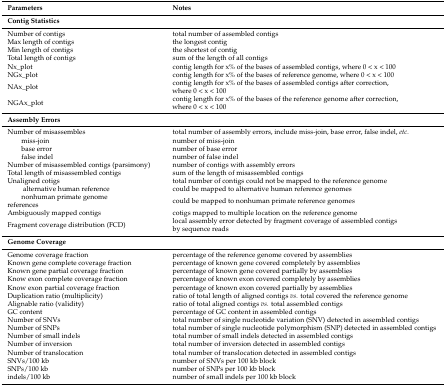
<table><thead><tr><td colspan="2"><b>Parameters</b></td><td><b>Notes</b></td></tr></thead><tbody><tr><td colspan="3"><b>Contig Statistics</b></td></tr><tr><td colspan="2">Number of contigs</td><td>total number of assembled contigs</td></tr><tr><td colspan="2">Max length of contigs</td><td>the longest contig</td></tr><tr><td colspan="2">Min length of contigs</td><td>the shortest of contig</td></tr><tr><td colspan="2">Total length of contigs</td><td>sum of the length of all contigs</td></tr><tr><td colspan="2">Nx_plot</td><td>contig length for x% of the bases of assembled contigs, where 0 &lt; x &lt; 100</td></tr><tr><td colspan="2">NGx_plot</td><td>contig length for x% of the bases of reference genome, where 0 &lt; x &lt; 100</td></tr><tr><td colspan="2">NAx_plot</td><td>contig length for x% of the bases of assembled contigs after correction, where 0 &lt; x &lt; 100</td></tr><tr><td colspan="2">NGAx_plot</td><td>contig length for x% of the bases of the reference genome after correction, where 0 &lt; x &lt; 100</td></tr><tr><td colspan="3"><b>Assembly Errors</b></td></tr><tr><td colspan="2">Number of misassembles</td><td>total number of assembly errors, include miss-join, base error, false indel, <i>etc.</i></td></tr><tr><td></td><td>miss-join</td><td>number of miss-join</td></tr><tr><td></td><td>base error</td><td>number of base error</td></tr><tr><td></td><td>false indel</td><td>number of false indel</td></tr><tr><td colspan="2">Number of misassembled contigs (parsimony)</td><td>number of contigs with assembly errors</td></tr><tr><td colspan="2">Total length of misassembled contigs</td><td>sum of the length of misassembled contigs</td></tr><tr><td colspan="2">Unaligned cotigs</td><td>total number of contigs could not be mapped to the reference genome</td></tr><tr><td rowspan="2"></td><td>alternative human reference</td><td>could be mapped to alternative human reference genomes</td></tr><tr><td>nonhuman primate genome references</td><td>could be mapped to nonhuman primate reference genomes</td></tr><tr><td colspan="2">Ambiguously mapped contigs</td><td>cotigs mapped to multiple location on the reference genome</td></tr><tr><td colspan="2">Fragment coverage distribution (FCD)</td><td>local assembly error detected by fragment coverage of assembled contigs by sequence reads</td></tr><tr><td colspan="3"><b>Genome Coverage</b></td></tr><tr><td colspan="2">Genome coverage fraction</td><td>percentage of the reference genome covered by assemblies</td></tr><tr><td colspan="2">Known gene complete coverage fraction</td><td>percentage of known gene covered completely by assemblies</td></tr><tr><td colspan="2">Known gene partial coverage fraction</td><td>percentage of known gene covered partially by assemblies</td></tr><tr><td colspan="2">Know exon complete coverage fraction</td><td>percentage of known exon covered completely by assemblies</td></tr><tr><td colspan="2">Know exon partial coverage fraction</td><td>percentage of known exon covered partially by assemblies</td></tr><tr><td colspan="2">Duplication ratio (multiplicity)</td><td>ratio of total length of aligned contigs <i>vs.</i> total covered the reference genome</td></tr><tr><td colspan="2">Alignable ratio (validity)</td><td>ratio of total aligned contigs <i>vs.</i> total assembled contigs</td></tr><tr><td colspan="2">GC content</td><td>percentage of GC content in assembled contigs</td></tr><tr><td colspan="2">Number of SNVs</td><td>total number of single nucleotide variation (SNV) detected in assembled contigs</td></tr><tr><td colspan="2">Number of SNPs</td><td>total number of single nucleotide polymorphism (SNP) detected in assembled contigs</td></tr><tr><td colspan="2">Number of small indels</td><td>total number of small indels detected in assembled contigs</td></tr><tr><td colspan="2">Number of inversion</td><td>total number of inversion detected in assembled contigs</td></tr><tr><td colspan="2">Number of translocation</td><td>total number of translocation detected in assembled contigs</td></tr><tr><td colspan="2">SNVs/100 kb</td><td>number of SNVs per 100 kb block</td></tr><tr><td colspan="2">SNPs/100 kb</td><td>number of SNPs per 100 kb block</td></tr><tr><td colspan="2">indels/100 kb</td><td>number of small indels per 100 kb block</td></tr></tbody></table>